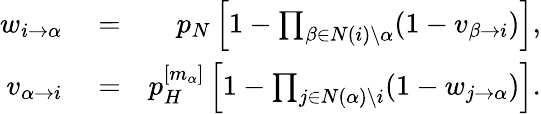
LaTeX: \begin{array}{rlr}{w_{i\rightarrow\alpha}}&{{}=}&{p_{N}\left[1-\prod_{\beta\in N(i)\setminus\alpha}(1-v_{\beta\rightarrow i})\right],}\\ {v_{\alpha\rightarrow i}}&{{}=}&{p_{H}^{[m_{\alpha}]}\left[1-\prod_{j\in N(\alpha)\setminus i}(1-w_{j\rightarrow\alpha})\right].}\end{array}